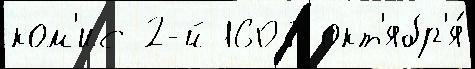
ком'ис 2-й 1607 окт'ябр'я́